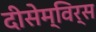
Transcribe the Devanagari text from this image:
दीसेम्विर्स